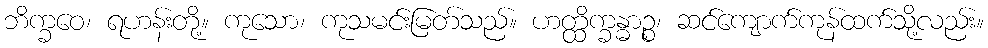
ဘိက္ခဝေ၊ ရဟန်းတို့။ ကုသော၊ ကုသမင်းမြတ်သည်။ ဟတ္ထိက္ခန္ဓာဉ္စ၊ ဆင်ကျောက်ကုန်ထက်သို့လည်း။